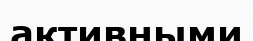
активными